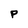
Character: P